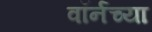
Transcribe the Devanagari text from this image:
वॉर्नच्या